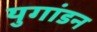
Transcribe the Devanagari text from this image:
युगांडन